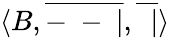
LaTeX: \langle B,{\overline{{-\ -\ |}}},{\overline{{\ \ |}}}\rangle